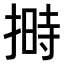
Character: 𪮛